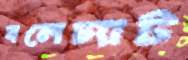
বলেচ্যাট